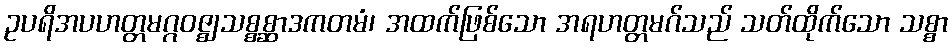
ဥပရိအပဟတ္တမဂ္ဂဝဇ္ဈသစ္စစ္ဆာဒကတမံ၊ အထက်ဖြစ်သော အရဟတ္တမဂ်သည် သတ်ထိုက်သော သစ္စာ